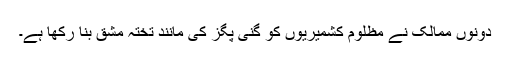
دونوں ممالک نے مظلوم کشمیریوں کو گنی پگز کی مانند تختہ مشق بنا رکھا ہے۔